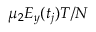
\mu _ { 2 } E _ { y } ( t _ { j } ) T / N